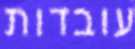
עובדות